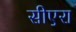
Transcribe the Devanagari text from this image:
सीएरा